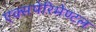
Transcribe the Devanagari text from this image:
एक्सपेरिमेण्टल